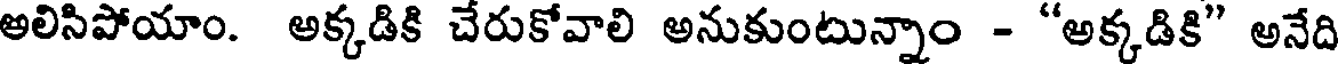
అలిసిపోయాం. అక్కడికి చేరుకోవాలి అనుకుంటున్నాం - "అక్కడికి" అనేది